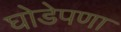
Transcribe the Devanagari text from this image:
घोडेपणा